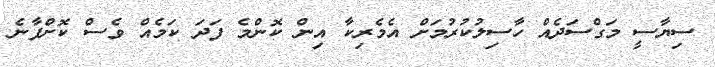
ސިޔާސީ މަގްސަދެއް ހާސިލުކުރުމަށް އެމެރިކާ އިން ކޮންމެ ފަދަ ކަމެއް ވެސް ކޮށްފާނެ